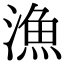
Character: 漁